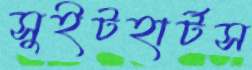
সুইটহার্টস